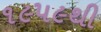
૧૯૫૯થી